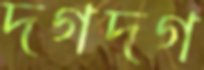
দগদগ